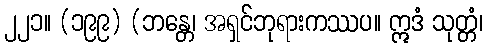
၂၂၁။ (၁၉၉) (ဘန္တေ၊ အရှင်ဘုရားကဿပ။ ဣဒံ သုတ္တံ၊